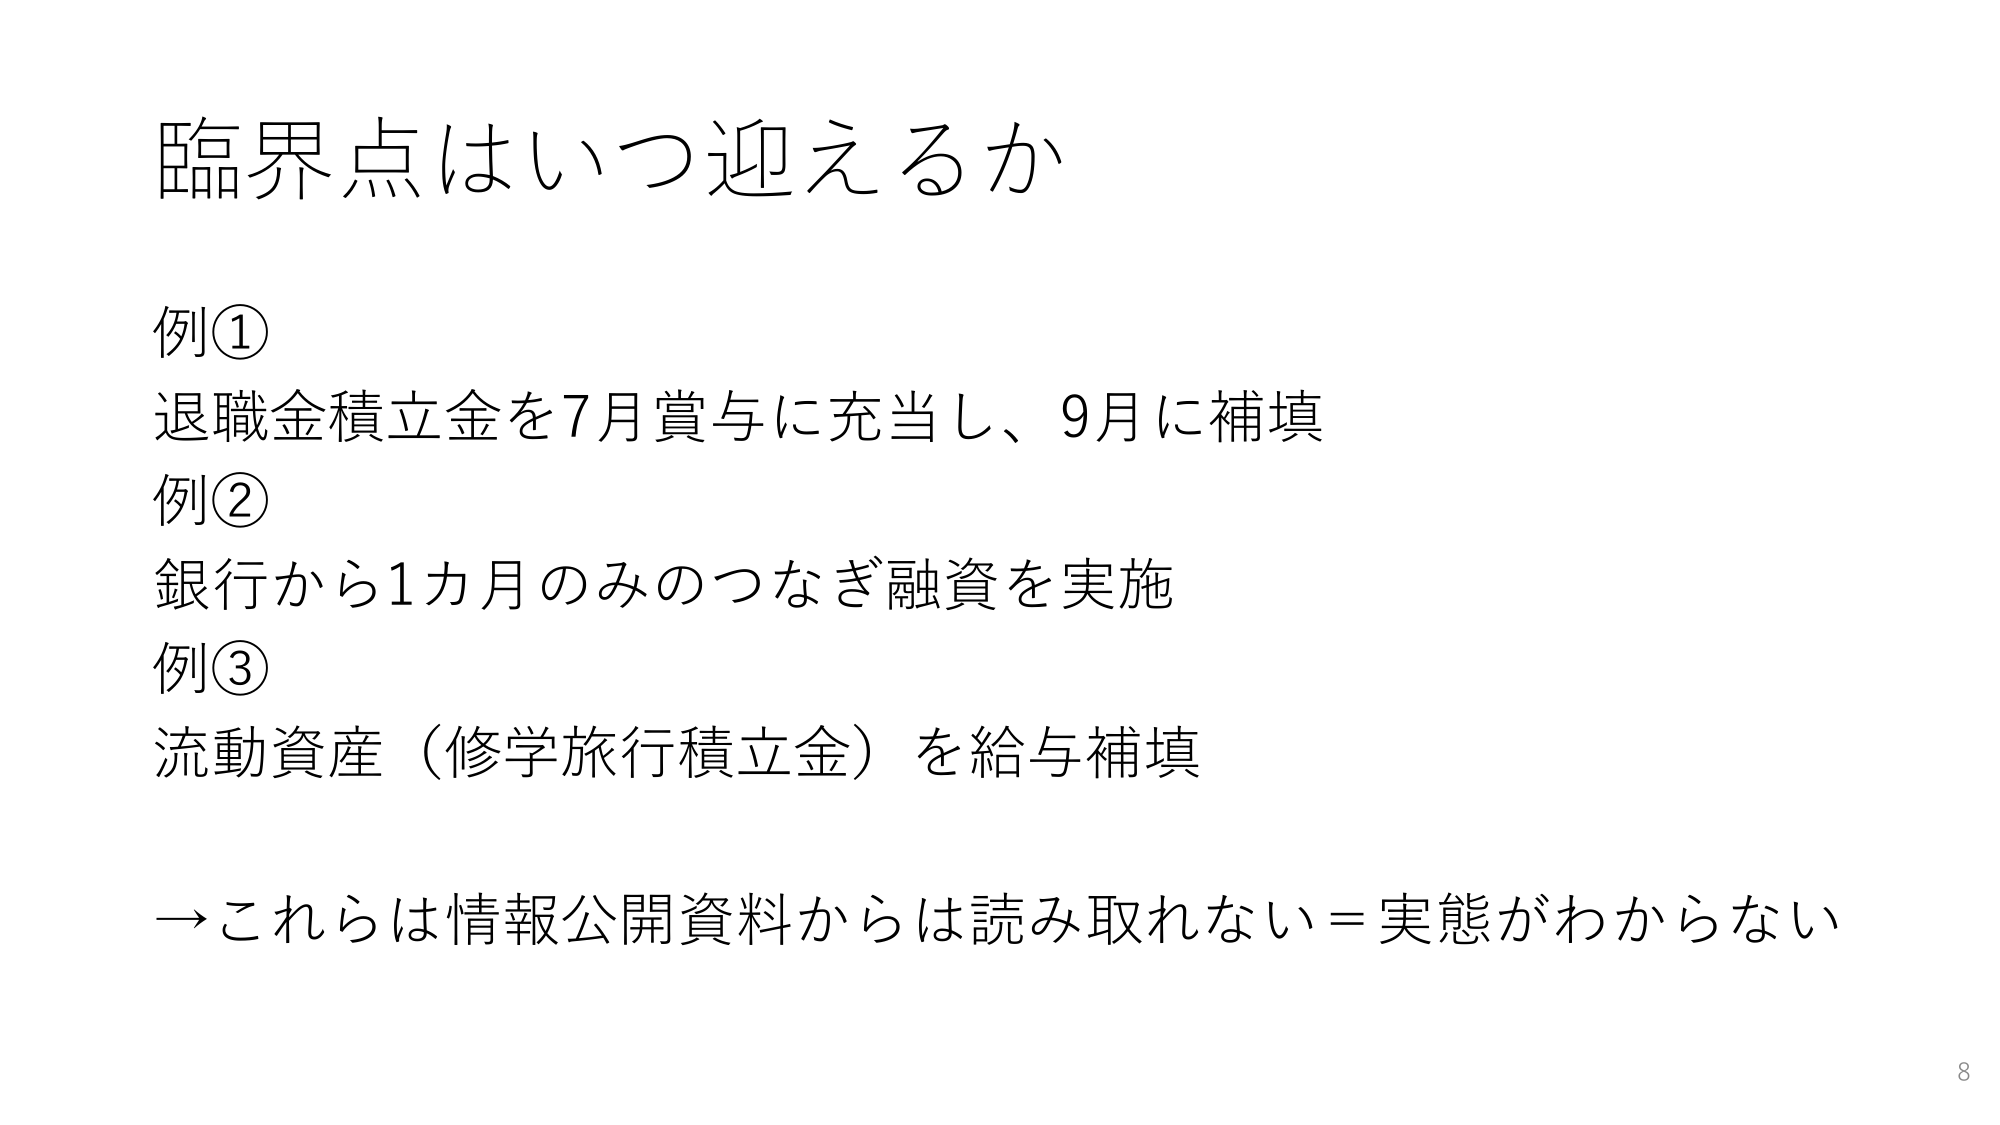
臨界点はいつ迎えるか

例①
退職金積立金を7月賞与に充当し、9月に補填

例②
銀行から1カ月のみのつなぎ融資を実施

例③
流動資産（修学旅行積立金）を給与補填

→これらは情報公開資料からは読み取れない＝実態がわからない

8